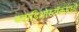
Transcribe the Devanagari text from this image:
ब्लाडिओस्टॉकमध्ये